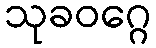
သုခဝဂ္ဂေ